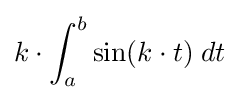
k\cdot \int _{a}^{b}\sin(k\cdot t)\;dt